Report of the Indian Hemp Drugs Commission, 1894-1895 - Volume I
Year: 1894
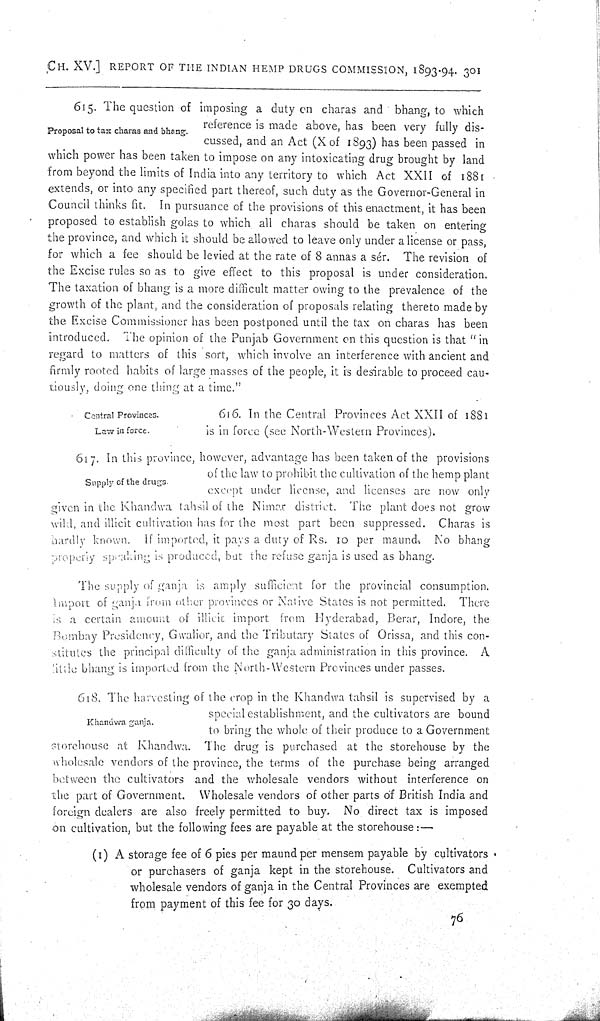
CH. XV.] REPORT OF THE INDIAN HEMP DRUGS COMMISSION, 1893-94. 301
Proposal to tax charas and bhang.
615. The question of imposing a duty on charas and bhang, to which
reference is made above, has been very fully dis-
cussed, and an Act (X of 1893) has been passed in
which power has been taken to impose on any intoxicating drug brought by land
from beyond the limits of India into any territory to which Act XXII of 1881
extends, or into any specified part thereof, such duty as the Governor-General in
Council thinks fit. In pursuance of the provisions of this enactment, it has been
proposed to establish golas to which all charas should be taken on entering
the province, and which it should be allowed to leave only under a license or pass,
for which a fee should be levied at the rate of 8 annas a sér. The revision of
the Excise rules so as to give effect to this proposal is under consideration.
The taxation of bhang is a more difficult matter owing to the prevalence of the
growth of the plant, and the consideration of proposals relating thereto made by
the Excise Commissioner has been postponed until the tax on charas has been
introduced. The opinion of the Punjab Government on this question is that "in
regard to matters of this sort, which involve an interference with ancient and
firmly rooted habits of large masses of the people, it is desirable to proceed cau-
tiously, doing one thing at a time."
Central Provinces.
Law in force.
616. In the Central Provinces Act XXII of 1881
is in force (see North-Western Provinces).
Supply of the drugs.
617. In this province, however, advantage has been taken of the provisions
of the law to prohibit the cultivation of the hemp plant
except under license, and licenses are now only
given in the Khandwa tahsil of the Nimar district. The plant does not grow
wild, and illicit cultivation has for the most part been suppressed. Charas is
hardly known. If imported, it pays a duty of Rs. 10 per maund. No bhang
properly speaking is produced, but the refuse ganja is used as bhang.
The supply of ganja is amply sufficient for the provincial consumption.
Import of ganja from other provinces or Native States is not permitted. There
is a certain amount of illicit import from Hyderabad, Berar, Indore, the
Bombay Presidency, Gwalior, and the Tributary States of Orissa, and this con-
stitutes the principal difficulty of the ganja administration in this province. A
little bhang is imported from the North-Western Provinces under passes.
Khandwa ganja.
618. The harvesting of the crop in the Khandwa tahsil is supervised by a
special establishment, and the cultivators are bound
to bring the whole of their produce to a Government
storehouse at Khandwa. The drug is purchased at the storehouse by the
wholesale vendors of the province, the terms of the purchase being arranged
between the cultivators and the wholesale vendors without interference on
the part of Government. Wholesale vendors of other parts of British India and
foreign dealers are also freely permitted to buy. No direct tax is imposed
on cultivation, but the following fees are payable at the storehouse:—
(1) A storage fee of 6 pies per maund per mensem payable by cultivators
or purchasers of ganja kept in the storehouse. Cultivators and
wholesale vendors of ganja in the Central Provinces are exempted
from payment of this fee for 30 days.
76